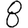
Digit: 8